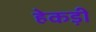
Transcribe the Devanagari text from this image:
हेकड़ी